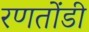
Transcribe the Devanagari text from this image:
रणतोंडी